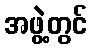
အဖွဲ့တွင်